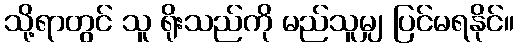
သို့ရာတွင် သူ ရိုးသည်ကို မည်သူမျှ ပြင်မရနိုင်။